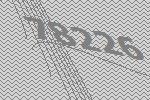
78226